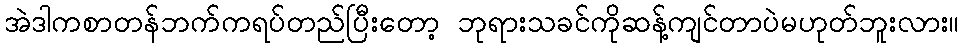
အဲဒါကစာတန်ဘက်ကရပ်တည်ပြီးတော့ ဘုရားသခင်ကိုဆန့်ကျင်တာပဲမဟုတ်ဘူးလား။